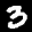
Label: 3